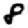
Digit: 8